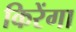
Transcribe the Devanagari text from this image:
किरेंगा